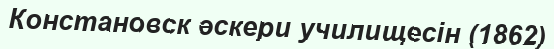
Констановск әскери училищесін (1862)